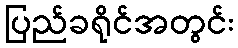
ပြည်ခရိုင်အတွင်း